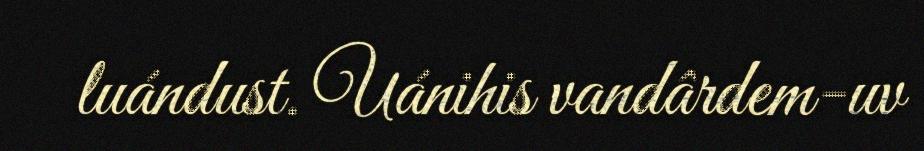
luándust. Uánihis vandârdem-uv